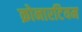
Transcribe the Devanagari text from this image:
क्रोनारटियम